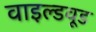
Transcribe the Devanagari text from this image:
वाइल्डवूड